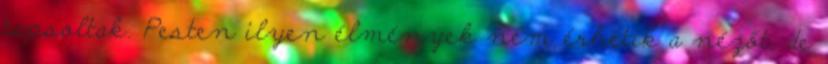
tapsoltak. Pesten ilyen élmények nem érhetik a nézőt, de